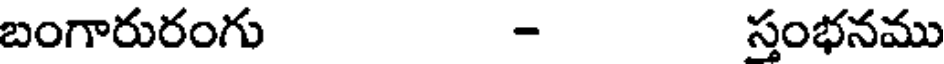
బంగారురంగు - స్తంభనము